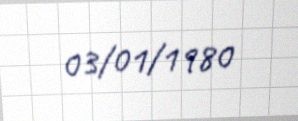
03/01/1980